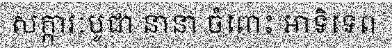
សក្ការៈបូជា នានា ចំពោះ អាទិទេព